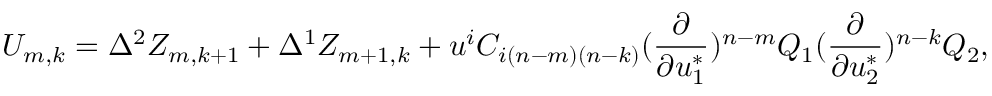
U _ { m , k } = \Delta ^ { 2 } Z _ { m , k + 1 } + \Delta ^ { 1 } Z _ { m + 1 , k } + u ^ { i } C _ { i ( n - m ) ( n - k ) } ( { \frac { \partial } { \partial u _ { 1 } ^ { * } } } ) ^ { n - m } Q _ { 1 } ( { \frac { \partial } { \partial u _ { 2 } ^ { * } } } ) ^ { n - k } Q _ { 2 } ,